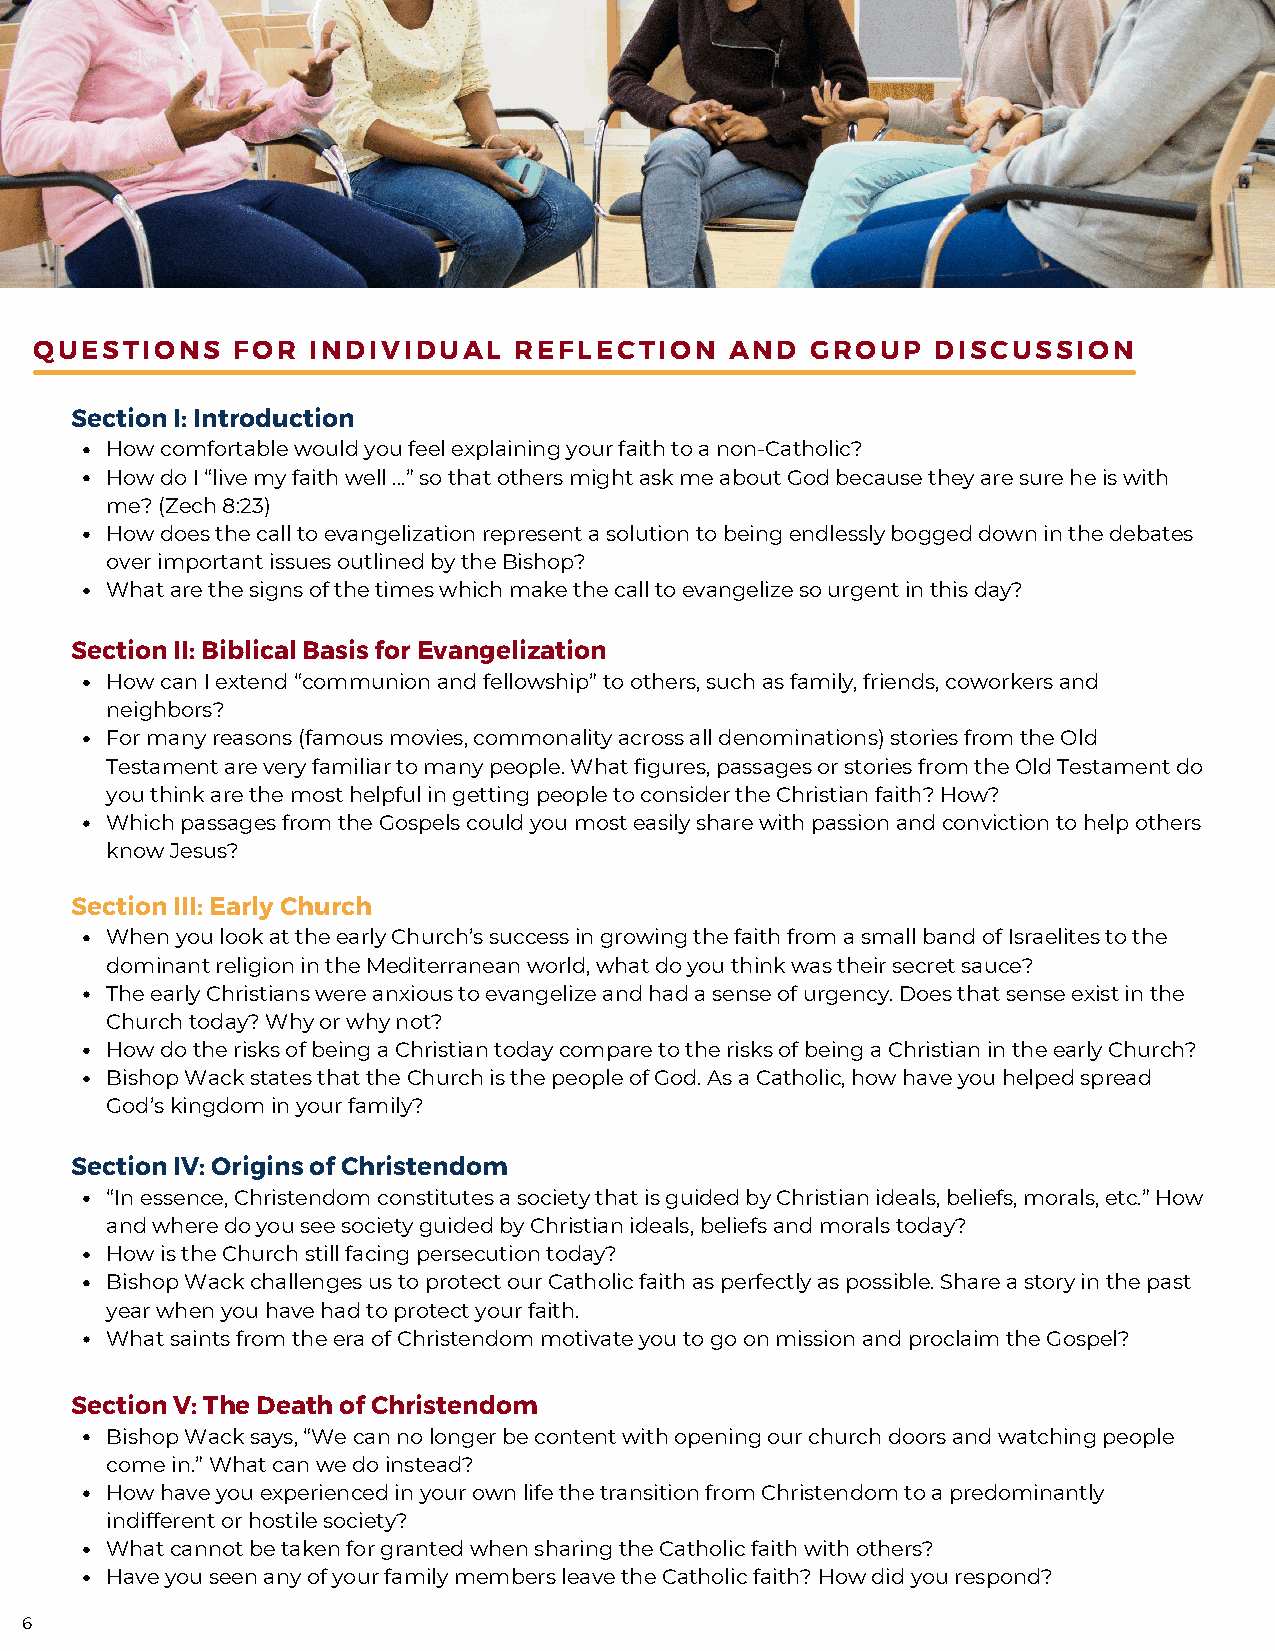
QUESTIONS    FOR  INDIVIDUAL    REFLECTION    AND   GROUP   DISCUSSION
 Section I: Introduction
 How comfortable would you feel explaining your faith to a non-Catholic?
 How do I “live my faith well …” so that others might ask me about God because they are sure he is with
 me? (Zech 8:23)
 How does the call to evangelization represent a solution to being endlessly bogged down in the debates
 over important issues outlined by the Bishop?
 What are the signs of the times which make the call to evangelize so urgent in this day?
 Section II: Biblical Basis for Evangelization
 How can I extend “communion and fellowship” to others, such as family, friends, coworkers and
 neighbors?
 For many reasons (famous movies, commonality across all denominations) stories from the Old
 Testament are very familiar to many people. What figures, passages or stories from the Old Testament do
 you think are the most helpful in getting people to consider the Christian faith? How?
 Which passages from the Gospels could you most easily share with passion and conviction to help others
 know Jesus?
 Section III: Early Church
 When you look at the early Church’s success in growing the faith from a small band of Israelites to the
 dominant religion in the Mediterranean world, what do you think was their secret sauce?
 The early Christians were anxious to evangelize and had a sense of urgency. Does that sense exist in the
 Church today? Why or why not?
 How do the risks of being a Christian today compare to the risks of being a Christian in the early Church?
 Bishop Wack states that the Church is the people of God. As a Catholic, how have you helped spread
 God’s kingdom in your family?
 Section IV: Origins of Christendom
 “In essence, Christendom constitutes a society that is guided by Christian ideals, beliefs, morals, etc.” How
 and where do you see society guided by Christian ideals, beliefs and morals today?
 How is the Church still facing persecution today?
 Bishop Wack challenges us to protect our Catholic faith as perfectly as possible. Share a story in the past
 year when you have had to protect your faith.
 What saints from the era of Christendom motivate you to go on mission and proclaim the Gospel?
 Section V: The Death of Christendom
 Bishop Wack says, “We can no longer be content with opening our church doors and watching people
 come in.” What can we do instead?
 How have you experienced in your own life the transition from Christendom to a predominantly
 indifferent or hostile society?
 What cannot be taken for granted when sharing the Catholic faith with others?
 Have you seen any of your family members leave the Catholic faith? How did you respond?
 6